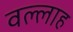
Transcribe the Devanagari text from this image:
वल्लाह